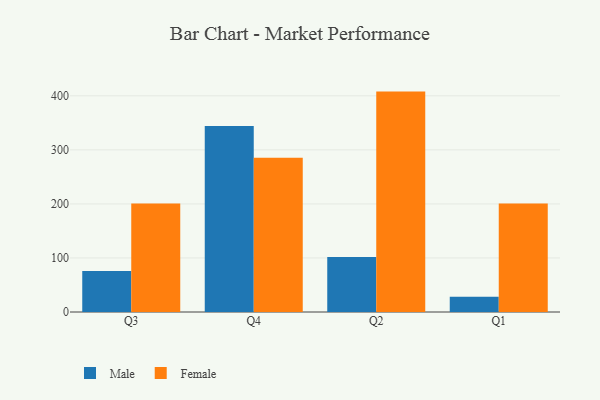
{"axis": {"x": "Quarter", "y": "Net Income (USD K)"}, "legend": ["Female", "Male"], "data": [{"x": "Q3", "y": 76.0, "type": "Male"}, {"x": "Q3", "y": 200.9, "type": "Female"}, {"x": "Q4", "y": 344.0, "type": "Male"}, {"x": "Q4", "y": 285.4, "type": "Female"}, {"x": "Q2", "y": 101.6, "type": "Male"}, {"x": "Q2", "y": 407.8, "type": "Female"}, {"x": "Q1", "y": 28.2, "type": "Male"}, {"x": "Q1", "y": 200.8, "type": "Female"}]}